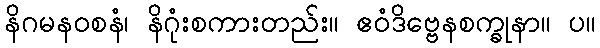
နိဂမနဝစနံ၊ နိဂုံးစကားတည်း။ ဧဝံဒိဗ္ဗေနစက္ခုနာ။ ပ။